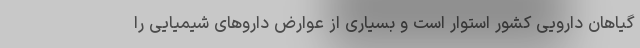
گیاهان دارویی کشور استوار است و بسیاری از عوارض داروهای شیمیایی را